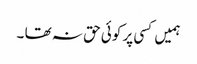
ہمیں کسی پر کوئی حق نہ تھا ۔